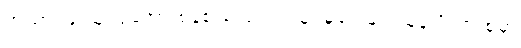
အသားဖြူသူ၊ ခုခံအားစနစ် လျော့ကျသူ၊ မှဲ့ပေါများသူနဲ့ မိသားစုမှာ